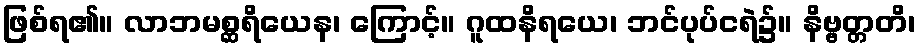
ဖြစ်ရ၏။ လာဘမစ္ဆရိယေန၊ ကြောင့်။ ဂူထနိရယေ၊ ဘင်ပုပ်ငရဲ၌။ နိဗ္ဗတ္တတိ၊